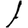
Digit: 1